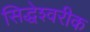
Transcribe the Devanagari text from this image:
सिद्धेश्‍वरीक